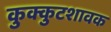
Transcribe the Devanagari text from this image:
कुक्कुटशावक